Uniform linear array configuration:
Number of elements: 24
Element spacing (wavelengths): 0.75
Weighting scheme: hann
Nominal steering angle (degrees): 45
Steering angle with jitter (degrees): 43.881
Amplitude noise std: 0.05
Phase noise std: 0.05

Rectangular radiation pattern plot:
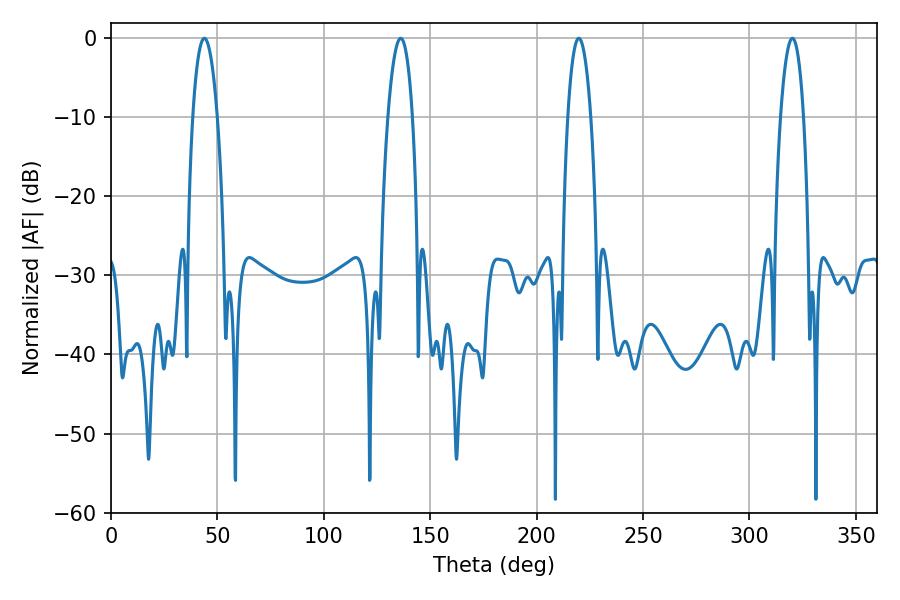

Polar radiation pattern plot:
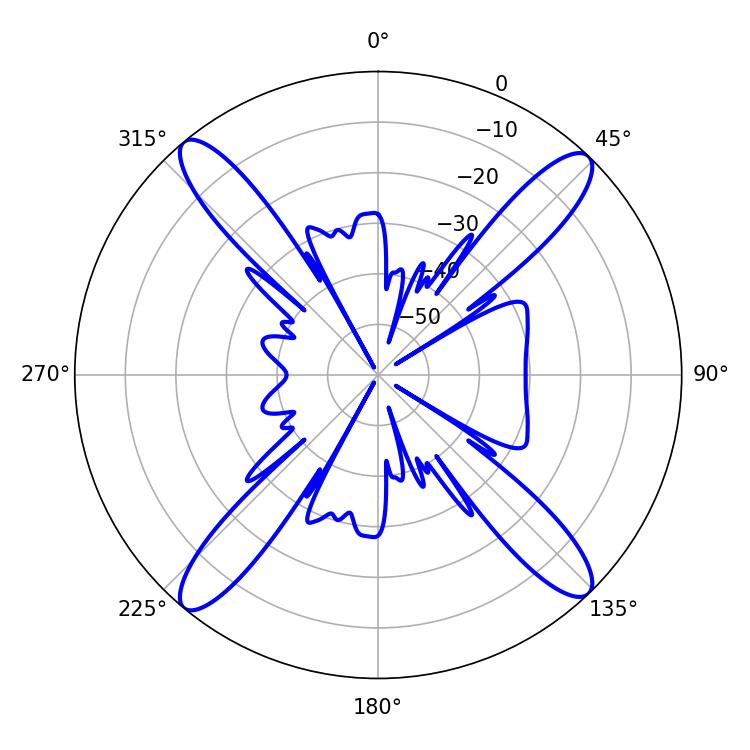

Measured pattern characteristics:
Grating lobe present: TRUE
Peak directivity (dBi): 19.368
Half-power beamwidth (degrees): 5.94
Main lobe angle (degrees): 219.78